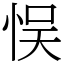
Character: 悮